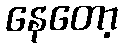
နေတော့